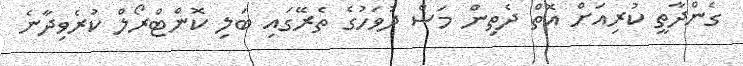
ގެންދާތީ ކުރިއަށް އޮތް ދެތިން މަސް ދުވަހުގެ ތެރޭގައި ބަލި ކޮންޓްރޯލް ކުރެވިދާނެ